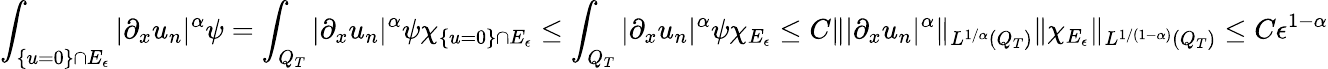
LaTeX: \int_{\{ u=0\} \cap E_{\epsilon}}|\partial_{x}u_{n}|^{\alpha}\psi=\int_{Q_{T}}|\partial_{x}u_{n}|^{\alpha}\psi\chi_{\{ u=0\} \cap E_{\epsilon}}\leq\int_{Q_{T}}|\partial_{x}u_{n}|^{\alpha}\psi\chi_{E_{\epsilon}}\leq C\lVert|\partial_{x}u_{n}|^{\alpha}\rVert_{L^{1/\alpha}(Q_{T})}\lVert\chi_{E_{\epsilon}}\rVert_{L^{1/(1-\alpha)}(Q_{T})}\leq C\epsilon^{1-\alpha}